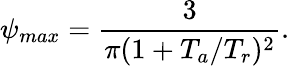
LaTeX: \psi_{max}={\frac{3}{\pi(1+T_{a}/T_{r})^{2}}}.